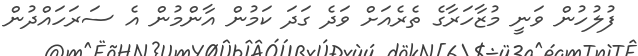
ފުލުހުން ވަނީ މުޒާހަރާގެ ތެރެއަށް ވަދެ ގަދަ ކަމުން އާންމުން އެ ސަރަހައްދުން